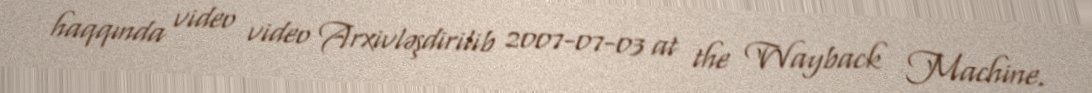
haqqında video video Arxivləşdirilib 2007-07-03 at the Wayback Machine.